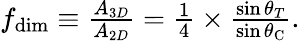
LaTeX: \begin{array}{r}{f_{\mathrm{dim}}\equiv\frac{A_{3D}}{A_{2D}}=\frac{1}{4}\times\frac{\sin\theta_{T}}{\sin\theta_{\mathrm{C}}}.}\end{array}